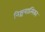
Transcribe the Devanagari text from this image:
निश्चयात्मिका